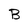
Character: B